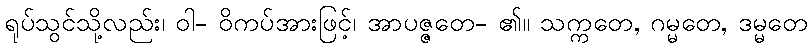
ရုပ်သွင်သို့လည်း၊ ဝါ- ဝိကပ်အားဖြင့်၊ အာပဇ္ဇတေ- ၏။ သက္ကတေ, ဂမ္မတေ, ဒမ္မတေ